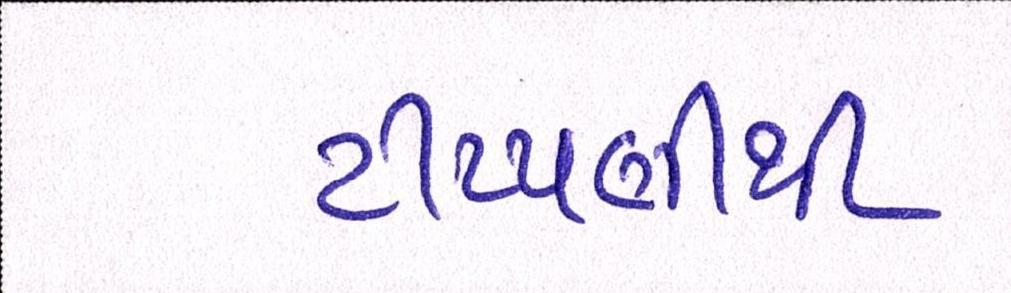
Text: ટીપ્પણીથી